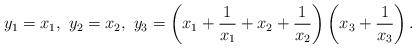
LaTeX: \begin{align*} y_1 = x_1,\ y_2 = x_2,\ y_3 = \left(x_1+\frac{1}{x_1}+x_2+\frac{1}{x_2}\right)\left(x_3+\frac{1}{x_3}\right). \end{align*}